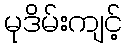
မုဒိမ်းကျင့်